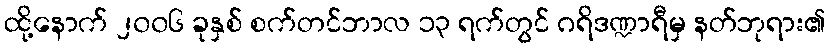
ထို့နောက် ၂၀၀၆ ခုနှစ် စက်တင်ဘာလ ၁၃ ရက်တွင် ဂရိဒဏ္ဍာရီမှ နတ်ဘုရား၏